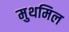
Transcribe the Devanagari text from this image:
मुथमिल